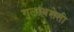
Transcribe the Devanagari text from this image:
गुलाबशेती